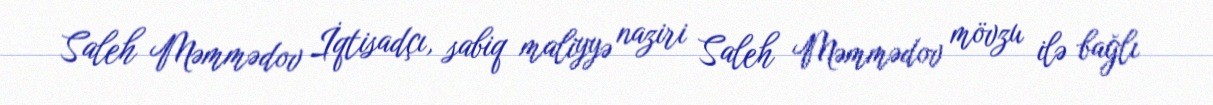
Saleh Məmmədov İqtisadçı, sabiq maliyyə naziri Saleh Məmmədov mövzu ilə bağlı